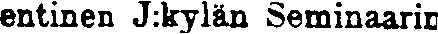
entinen J:kylän Seminaarin